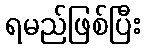
ရမည်ဖြစ်ပြီး